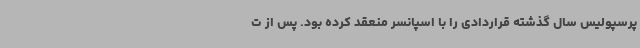
پرسپولیس سال گذشته قراردادی را با اسپانسر منعقد کرده بود. پس از ت